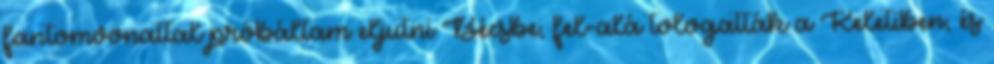
fantomvonattal próbáltam eljutni Bécsbe, fel-alá tologatták a Keletiben, és